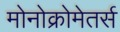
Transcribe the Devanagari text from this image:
मोनोक्रोमेतर्स